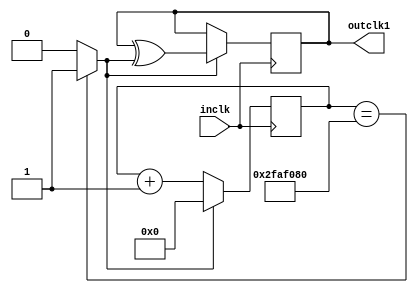
`timescale 1ns / 1ps
//////////////////////////////////////////////////////////////////////////////////
// Company: 
// Engineer: 
// 
// Design Name: 
// Module Name: ClkDivider
// Project Name: 
// Target Devices: 
// Tool Versions: 
// Description: 
// 
// Dependencies: 
// 
// Revision:
// Revision 0.01 - File Created
// Additional Comments:
// 
//////////////////////////////////////////////////////////////////////////////////


module ClkDivider #(parameter num_bits = 31, parameter div_factor = 100000000) (
    input inclk,
    output outclk1
    );
    
    reg outclk = 0;	
    reg reset = 0;
    reg [num_bits:0] divider = 0;
    
    always@(divider) begin
        reset <= 1'b0;
        if(divider == (div_factor >> 1))
            reset <= 1'b1;
    end
    
    always@(posedge inclk) begin
        if(reset) begin
            outclk <= outclk ^ reset;
            divider <= 0;
        end else begin
            divider <= (divider + 1);
        end
    end
    
    assign outclk1 = outclk;
endmodule